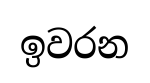
ඉවරන